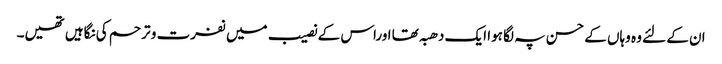
ان کے لئے وہ وہاں کے حسن پہ لگا ہوا ایک دھبہ تھا اوراس کے نصیب میں نفرت و ترحم کی نگاہیں تھیں۔